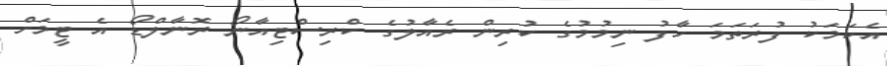
އެކަމަކު ފުރަތަމަ ހާފު ނިމުމުގެ ކުރިން ރެއާލުގެ ކްރިސްޓިއާނޯ ރޮނާލްޑޯ އެ ޓީމަށް